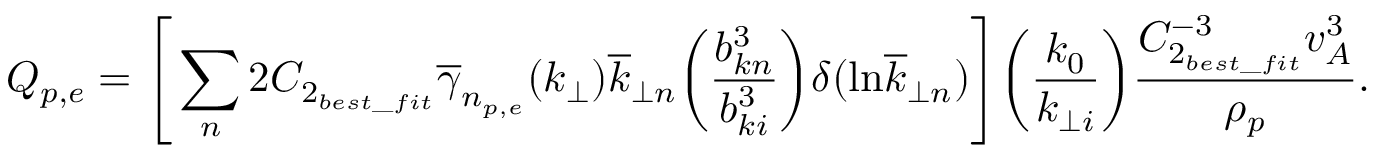
Q _ { p , e } = \Bigg [ \sum _ { n } 2 C _ { 2 _ { b e s t \_ f i t } } \overline { { \gamma } } _ { n _ { p , e } } ( k _ { \perp } ) \overline { { k } } _ { \perp n } \bigg ( \frac { b _ { k n } ^ { 3 } } { b _ { k i } ^ { 3 } } \bigg ) \delta ( \mathrm { l n } \overline { { k } } _ { \perp n } ) \Bigg ] \bigg ( \frac { k _ { 0 } } { k _ { \perp i } } \bigg ) \frac { C _ { 2 _ { b e s t \_ f i t } } ^ { - 3 } v _ { A } ^ { 3 } } { \rho _ { p } } .